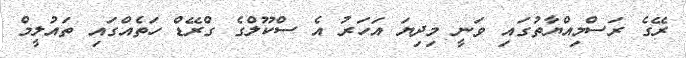
ރޭގެ ރަސްމިއްޔާތުގައި ވަނީ މިދިޔަ އަހަރު އެ ސްކޫލްގެ ގްރޭޑް ހަތެއްގައި ތައުލީމް